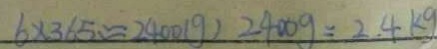
6 \times 3 6 5 \approx 2 4 0 0 ( g ) 2 4 0 0 g = 2 4 k g